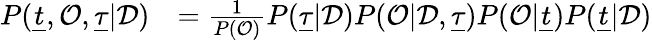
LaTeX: \begin{array}{rl}{P(\underline{{t}},\mathcal{O},\underline{\tau}|\mathcal{D})}&{=\frac{1}{P(\mathcal{O})}P(\underline{\tau}|\mathcal{D})P(\mathcal{O}|\mathcal{D},\underline{\tau})P(\mathcal{O}|\underline{{t}})P(\underline{{t}}|\mathcal{D})}\end{array}